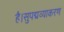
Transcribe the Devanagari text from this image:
है।सुपद्मव्याकरण